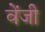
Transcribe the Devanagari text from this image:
वेंजी